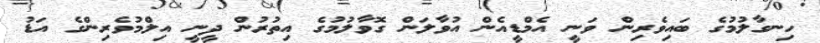
ހިނގާލުމުގެ ބައިވެރިން ވަނީ އެމްޑީއެން އުވާލަން ގޮވާލުމުގެ އިތުރުން ދީނީ އިލްމުވެރިންގެ އަޑު